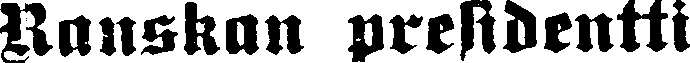
Ranskan presidentti